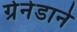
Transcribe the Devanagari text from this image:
ग्रेनेडाने